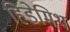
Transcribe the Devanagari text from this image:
हिंडेमिथ